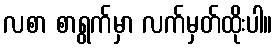
လစာ စာရွက်မှာ လက်မှတ်ထိုးပါ။